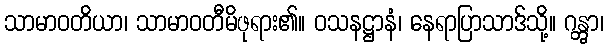
သာမာဝတိယာ၊ သာမာဝတီမိဖုရား၏။ ဝသနဋ္ဌာနံ၊ နေရာပြာသာဒ်သို့။ ဂန္တွာ၊